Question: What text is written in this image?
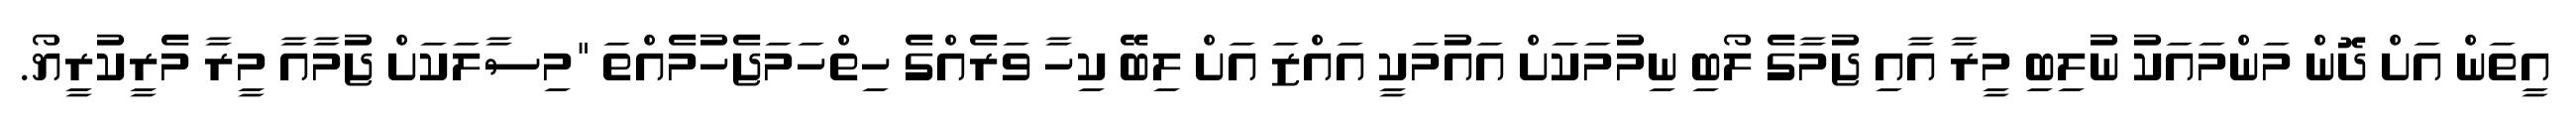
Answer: އީތަން އަށް ދޮން މަންމައަކު ނުލިބި މީރާ އާއި ޖުމާގެ ލޯބި ނިމުމަކަށް އައުމަކީ އައްޒަ އަށް ލިބޭ ކިހާ ވަރެއްގެ ހިތްހަމަޖެހުމެއްތަ "މިސާލަކަށް ޖުމާއާ މީރާ މެރީކުރީޔޯ.